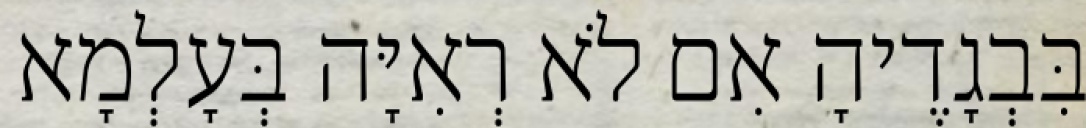
בִּבְגָדֶיהָ אִם לֹא רְאִיָּה בְּעָלְמָא